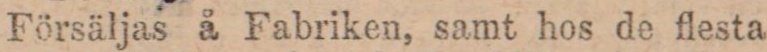
Försäljas å Fabriken, samt hos de flesta